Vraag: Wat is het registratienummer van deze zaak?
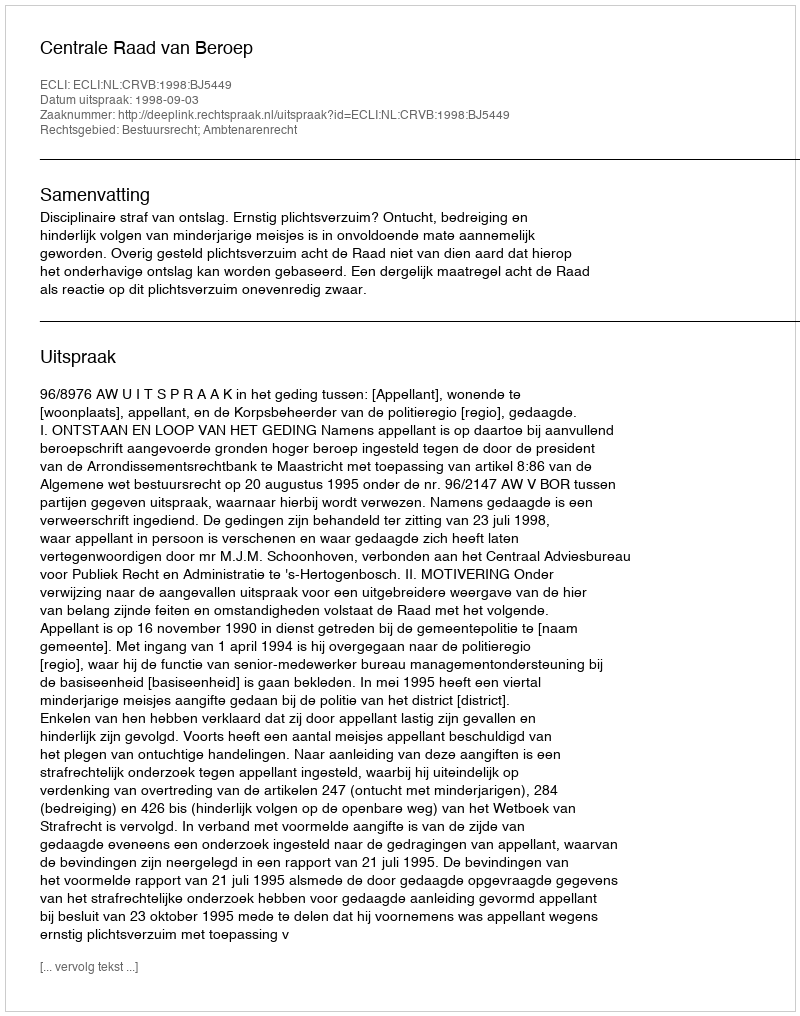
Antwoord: http://deeplink.rechtspraak.nl/uitspraak?id=ECLI:NL:CRVB:1998:BJ5449